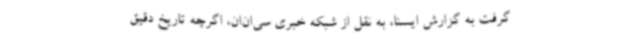
گرفت به گزارش ایسنا، به نقل از شبکه خبری سی‌ان‌ان، اگرچه تاریخ دقیق